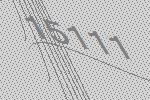
15111